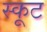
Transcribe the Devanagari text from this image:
स्कूट